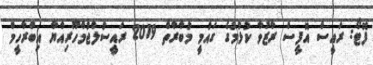
ފޮޓޯ: ރައީސް އޮފީސް ރާޒުވާ ކުޅުމުގެ ގައުމީ މުބާރާތް 2019 ރައީސުލްޖުމްހޫރިއްޔާ އިބްރާހީމް